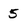
Character: 5